Annual administration report of the Civil Veterinary Department of India - 1892-1893
Year: 1892
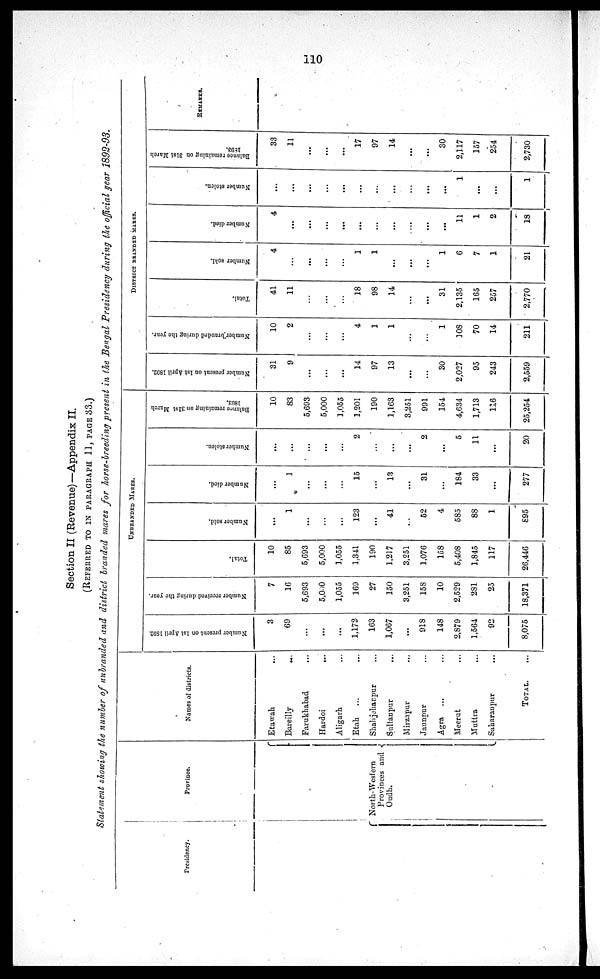
110
Section II (Revenue)—Appendix II.
(REFERRED TO IN PARAGRAPH 11, PAGE 33.)
Statement showing the number of unbranded and district branded mares for horse-breeding present in the Bengal Presidency during the official year 1892-93.
Presidency.
Province.
North-Westorn
Provinces and
Oudh.
Names of districts.
Etawah ...
Bareilly
...
Farukhabad
...
Hardoi ...
Aligarh ...
Etah
... ...
Shahjehanpur ...
Sultanpur ...
Mirzapur ...
Jaunpur ...
Agra ...
Meerut ...
Muttra ...
Saharanpur ...
TOTAL. ...
UNBRANDED MARES.
Number present on 1st April 1892.
3
69
...
...
...
1,172
163
1,067
...
918
148
2,879
1,564
92
8,075
Number received during the year.
7
16
5,693
5,000
1,055
169
27
150
3,251
158
10
2,529
281
25
18,371
Total.
10
85
5,693
5,000
1,055
1,341
190
1,217
3,251
1,076
158
5,408
1,845
117
26,446
Number sold.
...
1
...
...
...
123
...
41
...
52
4
585
88
1
895
Number died.
...
1
...
...
...
15
...
13
...
31
...
184
33
...
277
Number stolen.
...
...
...
...
...
2
...
...
...
2
...
5
11
...
20
Balance
remaining on 31st March
1893.
10
83
5,693
5,000
1,055
1,201
190
1,163
3,251
991
154
4,634
1,713
116
25,254
DISTRICT
BRANDED
MARES.
Number present on 1st April 1892.
31
9
...
...
...
14
97
13
...
...
30
2,027
95
243
2,559
Number branded
during the year.
10
2
...
...
...
4
1
1
...
...
1
108
70
14
211
Total.
41
11
...
...
...
18
98
14
...
...
31
2,135
165
257
2,770
Number sold.
4
...
...
...
...
1
1
...
...
...
1
6
7
1
21
Number died.
4
...
...
...
...
...
...
...
...
...
...
11
1
2
18
Number stolen.
...
...
...
...
...
...
...
...
...
...
1
...
...
1
Balance remaining on 31st March
33
11
...
...
...
17
97
14
...
...
30
2,117
157
254
2,730
REMARKS.